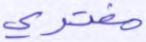
مفترى